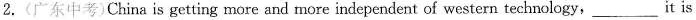
2.(广东中考)China is getting more and more independent of western technology, ___ it is